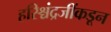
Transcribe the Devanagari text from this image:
हरिश्चंद्रजींकडून